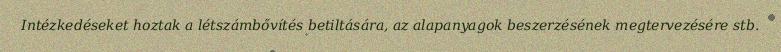
Intézkedéseket hoztak a létszámbővítés betiltására, az alapanyagok beszerzésének megtervezésére stb.